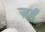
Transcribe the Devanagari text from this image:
ज़ई